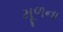
મૂળના